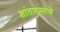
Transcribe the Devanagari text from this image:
शांतारामांचे